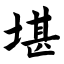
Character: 堪